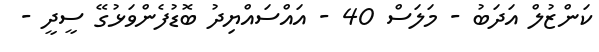
ކަންޒުލް އަދަބު - މަލަސް 40 - އައްސައްޔިދު ބޮޑުފެންވަޅުގޭ ސީދީ -